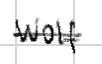
Text: Wolf
Cross-out: single-line
Writing tool: digital_black